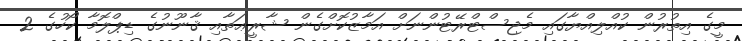
މީގެ އިތުރުން ކުއްލިއްޔާގައި މެޖިސްޓްރޭޓުންނަށް އަމާޒުކޮށްގެން ޝާރީޢަތާއި ޤާނޫނުގެ ޑިޕްލޮމާ ކޯހުގެ 2